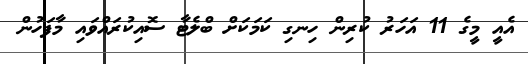
އެއީ މީގެ 11 އަހަރު ކުރިން ހިނގި ކަމަކަށް ބްލެޓާ ސޮއިކުރައްވައި މާފަހުން